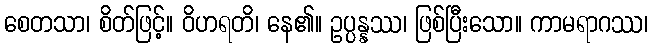
စေတသာ၊ စိတ်ဖြင့်။ ဝိဟရတိ၊ နေ၏။ ဥပ္ပန္နဿ၊ ဖြစ်ပြီးသော။ ကာမရာဂဿ၊